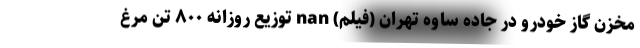
مخزن گاز خودرو در جاده ساوه تهران (فیلم) nan توزیع روزانه ۸۰۰ تن مرغ